Annual statistical returns and brief notes on vaccination in Bengal - 1896-1909
Year: 1896
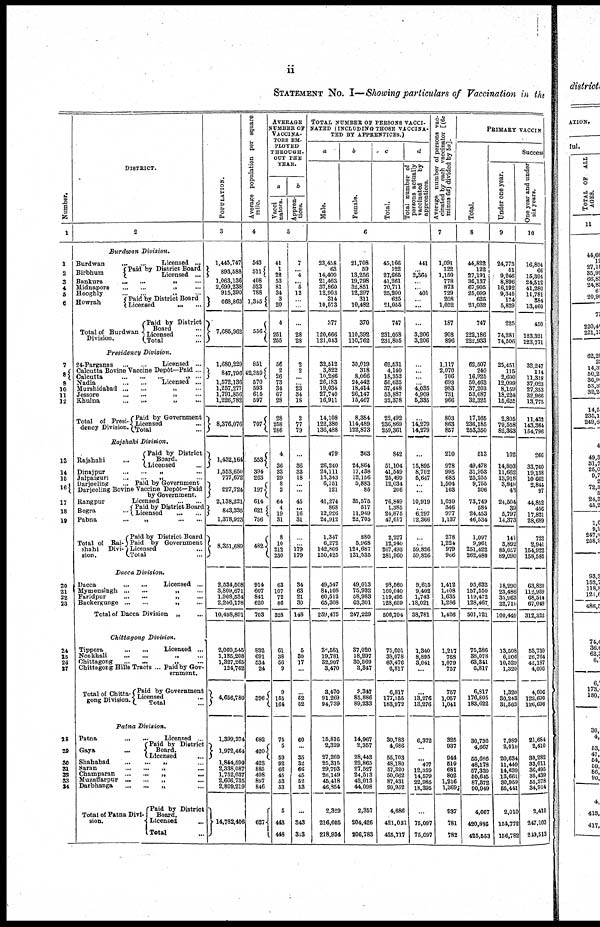
ii
STATEMENT No. I—Showing particulars of Vaccination in the
Number.
1
1
2
3
4
5
6
7
8
9
10
11
12
13
14
15
16
17
19
20
21
22
23
24
25
26
27
28
39
30
31
32
33
34
DISTRICT.
2
Burdwan
division.
Burdwan
Licensed ...
Birbhum
Paid by District Board
Licensed ...
Bankura
...
...
„ ...
Midnapore ... ... „ ...
Hooghly
...
...
„
...
Howrah
Paid by District Board
Licensed
...
...
Total of Burdwan
Division.
Paid by District
Board ...
Licensed ...
Total ...
Presidency
Division.
24-Parganas
...
...
Licensed ...
Calcutta Bovine Vaccine Depôt—Paid ...
Calcutta
...
...
...
„
...
Nadia
...
...
Licensed ...
Murshidabad
...
...
„
...
Jessore
...
...
„
...
Khulna
...
...
„
...
Total of Presi¬
dency Division
Paid by Government
Licensed ...
Total ...
Rajshahi
Division.
Rajshahi
...
Paid by District
Board.
Licensed ...
Dinajpur
...
...
„
...
Jalpaiguri
...
...
„
...
Darjeeling
... Paid by Government
Darjeeling Bovine Vaccine Depôt—Paid
by Government.
Rangpur
Licensed
...
...
Bogra ...
Paid by District Board
Licensed ... ...
Pabna
...
„
...
...
Total of Raj-
shahi
Divi-
sion.
Paid by District Board
Paid by Government
Licensed ...
Total ...
Dacca
Division.
Dacca
...
...
Licensed ...
Mymensingh
...
...
„
...
Faridpur ... ... „ ...
Backergunge ... ... „ ...
Total of Dacca Division
„
...
Chittagong
Division.
Tippera ...
...
Licensed ...
Noakhali
...
...
„
...
Chittagong
...
...
„
...
Chittagong Hills Tracts ... Paid by Gov-
ernment.
Total of Chitta-
gong Division
Paid by Government
Licensed ...
Total ...
Patna
Division.
Patna
...
...
Licensed ...
Gaya ...
Paid by District
Board.
Licensed
...
Shahabad
...
...
„
...
Saran
...
...
„
...
Champaran
...
...
„
...
Muzaffarpur ... ... „ ...
Darbhanga ... ... „ ...
Total of Patna Divi-
sion.
Paid by District
Board.
Licensed
...
Total ...
POPULATION.
3
1,445,747
893,588
1,063,136
2,699,238
915,390
668,863
7,685,962
1,680,229
847,796
1,572,136
1,257,277
1,791,856
1,226,782
8,376,076
1,432,164
1,553,650
777,672
227,724
2,138,221
843,335
1,378,923
8,351,689
2,534,508
3,809,671
1,908,534
2,246,178
10,498,891
2,069,545
1,135,208
1,327,265
124,762
4,656,780
1,399,274
1,972,464
1,844,590
2,338,087
1,752,037
2,666,735
2,809,219
14,782,406
Average population per square
mile.
4
543
511
408
523
788
1,345
556
851
42,389
570
593
615
597
707
553
394
263
197
614
621
756
482
914
607
841
620
703
832
691
534
24
396
682
420
423
885
498
897
846
627
AVERAGE
NUMBER OF
VACCINA-
---- EM-
PLOYED
THROUGH.
OUT THE
YEAR.
a
Vacci
nators.
b
Appren-
tices.
5
41
1
22
53
81
34
3
20
4
251
255
56
2
26
73
34
67
23
28
258
286
4
36
33
29
8
2
64
4
19
31
8
10
212
230
63
107
72
86
328
61
38
56
9
9
155
164
75
5
59
92
66
45
53
53
5
443
448
7
... 4
... 5
12
...
...
...
28
28
2
2
...
... 23
34
18
2
77
79
...
36
33
18
...
...
45
...
16
31
...
...
179
179
34
63
21
30
148
5
30
17
...
...
52
52
60
...
35
32
66
45
52
53
...
343
343
TOTAL NUMBER OF PERSONS VACCI-
NATED (INCLUDING THOSE VACCINA-
--- BY APPERNTICES.)
a
Male.
b
Female.
c
Total.
d
Total number of
persons actually
vaccinated
by
apprentices.
6
23,458
63
14,409
21,463
37,860
12,903
314
10,573
377
120,666
121,043
32,512
3,822
10,286
26,183
19,034
27,740
16,911
14,108
122,380
136,488
479
26,240
24,111
13,343
6,151
121
41,274
868
12,926
24,912
1,347
6,272
142,806
150,425
49,547
84,106
60,512
65,308
259,475
38,581
19,781
32,907
3,470
3,470
91,269
94,739
15,816
2,329
27,260
25,315
29,793
26,149
46,418
46,854
2,329
216,605
218,934
21,708
59
13,256
19,798
32,851
12,297
311
10,482
370
110,392
110,762
30,019
318
8,066
24,442
18,414
26,147
15,467
8,384
114,489
122,873
363
24,864
17,438
12,156
5,883
85
35,575
517
11,949
22,705
880
5,968
124,687
131,535
49,013
75,932
58,983
63,301
247,229
37,020
18,297
30,569
3,347
3,347
85,886
89,233
14,967
2,357
28,443
22,865
27,527
24,513
42,013
44,098
2,357
204,426
206,783
45,166
122
27,665
41,261
70,711
25,200
625
21,055
747
231,058
231,805
62,531
4,140
18,352
50,625
37,448
53,887
32,378
22,492
236,869
259,361
842
51,104
41,549
25,499
12,034
206
76,849
1,385
24,875
47,617
2,227
12,240
267,493
281,960
98,560
160,040
119,495
128,609
506,704
75,601
38,078
63,476
6,817
6,817
177,155
183,972
30,783
4,686
55,703
48,180
57,320
50,662
87,431
90,952
4,686
421,031
425,717
441
... 2,364
...
... 401
...
...
...
3,206
3,206
...
...
...
... 4,035
4,909
5,335
...
14,279
14,279
...
15,895
8,702
6,647
... ...
10,919
... 6,297
12,366
...
...
59,826
59,826
9,615
9,402
1,743
18,021
38,781
1,340
8,895
3,041
...
...
13,276
13,276
6,372
...
...
407
12,359
14,579
22,985
18,395
...
75,097
75,097
Average number of persons vac-
cinated by each vaccinator [(6c
minus 6d) divided by 5a].
7
1,091
122
1,150
778
873
729
208
1,052
187
908
896
1,117
2,070
706
693
983
731
966
803
863
857
210
978
995
685
1,504
103
1,030
346
977
1,137
278
1,224
979
966
1,412
1,408
1,635
1,286
1,426
1,217
768
1,079
757
757
1,057
1,041
325
937
944
519
681
802
1,216
1,369
937
781
782
PRIMARY VACCIN
Total.
8
44,822
122
27,191
36,137
67,905
25,099
625
21,032
747
222,186
222,933
62,507
240
16,925
50,463
37,203
53,687
32,325
17,165
236,185
253,360
513
49,478
31,953
25,255
9,755
206
73,749
584
24,453
46,534
1,097
9,961
251,422
262,480
95,632
157,550
119,472
128,467
501,121
75,386
38,078
63,341
6,817
6,817
176,805
183,622
30,736
4,667
55,686
48,178
57,320
50,645
87,372 90,949
4,667
420,836
425,553
Success
Under one year.
9
24,773
51 9,246
8,896
... 9,346
174
5,829
225
74,281
74,506
25,451
115
2,690
12,099
8,159
18,224
15,625
2,805
79,558 82,363
102
14,803
11,662
13,918
3,849
43
24,504
39
5,797
14,373
141
3,892 85,057
89,090
18,290
23,486
37,963
22,710
100,449
13,508
...
... 1,320
1,320
30,243
31,563
7,989
2,010
20,634
11,449
14,639
13,661
30,959
55,441
2,010
154,772
156,782
One year and under
six years.
10
16,894
68
15,394
24,512
41,280
11,781
384 13,460
450
123,321
123,771
...
114
11,318
...
27,353
32,966
13,775
11,432
143,364
154,796
266
33,760
19,138
10,662
2,844
97
44,852
456
17,821
28,689
722
2,941
154,922
158,586
63,820
112,939
68,614
67,049
312,322
53,739
26,764
42,187 4,006
4,006
122,690
126,696
21,684
2,410
30,282
33,011
36,495
35,439
55,278
34,914
2,410
247,103
249,513